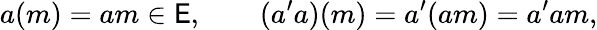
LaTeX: a(m)=am\in\mathsf{E},\qquad(a^{\prime}a)(m)=a^{\prime}(am)=a^{\prime}am,